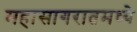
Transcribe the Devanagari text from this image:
महासागरातमध्ये